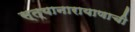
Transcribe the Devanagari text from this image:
स्त्यानारायाणाची